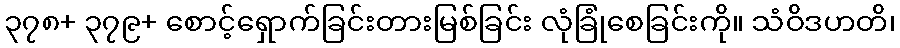
၃၇၈+ ၃၇၉+ စောင့်ရှောက်ခြင်းတားမြစ်ခြင်း လုံခြုံစေခြင်းကို။ သံဝိဒဟတိ၊